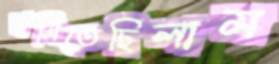
নামিতেছিলাম